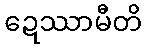
ဍေဿာမီတိ